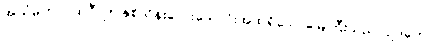
အယံမဟာပထဝီ၊ ဤနှစ်သိန်းလေးသောင်းအထုရှိသောမြေကြီးသည်။ ဥဒကေ၊